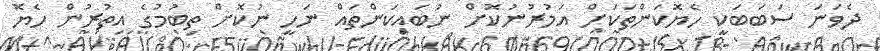
ދެވަނަ ސަބަބަކީ ހެޔޮކަންތަކަށް އަމުރުނުކޮށް ނުބައިކަންތައް ނަހީ ނުކޮށް ތިބުމުގެ އިތުރުން ހެޔޮ